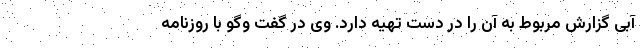
آبی گزارش مربوط به آن را در دست تهیه دارد. وی در گفت وگو با روزنامه